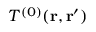
T ^ { ( 0 ) } ( { \bf r , r ^ { \prime } } )